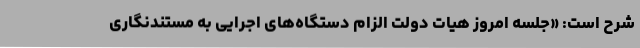
شرح است: «جلسه امروز هیات دولت الزام دستگاه‌های اجرایی به مستندنگاری